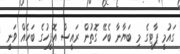
ގައުމީ ޕާޓީގެ މި ބަޔާނާ ބެހޭ ގޮތުން ރައީސް އޮފީހުގެ ބަހެއް ވަނީ